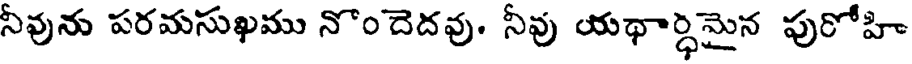
నీవును పరమసుఖము నొందెదవు. నీవు యథార్ధిమైన పురోహి